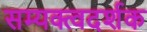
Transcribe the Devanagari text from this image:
सम्यक्त्वदर्शक